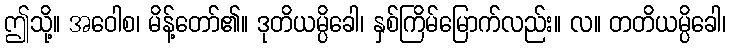
ဤသို့။ အဝေါစ၊ မိန့်တော်၏။ ဒုတိယမ္ပိခေါ၊ နှစ်ကြိမ်မြောက်လည်း။ လ။ တတိယမ္ပိခေါ၊